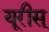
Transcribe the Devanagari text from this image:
यूरीस्